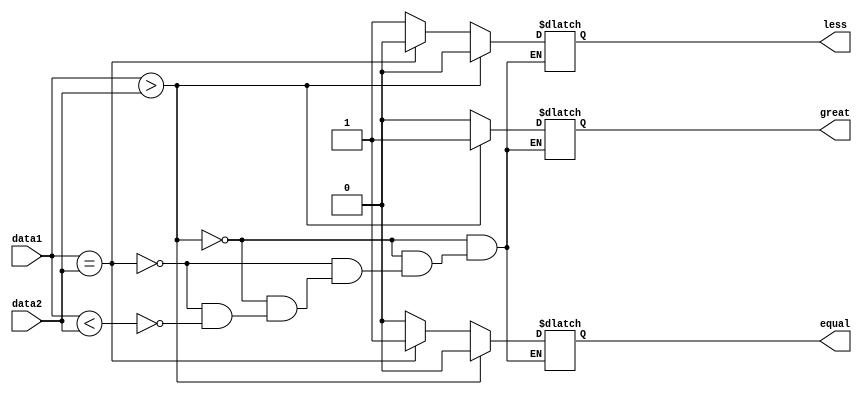
/*4bit comparator*/
/* example focuses on unsigned comparison*/
module comparator(data1, data2, great, equal,less);
  input [3:0] data1, data2;
  output reg great,equal,less;
  
  //wire signed [3:0] data1,data2; /*for signed comparison*/
  always@(data1,data2)begin
    if(data1 > data2) begin
      great = 1'b1;
      equal = 1'b0;
      less  = 1'b0;
    end
    else if(data1 == data2)begin
      great = 1'b0;
      equal = 1'b1;
      less  = 1'b0;      
    end
    else if(data1 < data2) begin
      great = 1'b0;
      equal = 1'b0;
      less  = 1'b1;      
    end
  end
endmodule

/*Testbench */
module comparator_tb;
  reg [3:0] data1, data2;
  wire great,equal,less;
  
  comparator COMP(data1,data2,great,equal,less);
  
  initial $monitor($time," data1 = %d, data2 = %d, great = %b, equal = %b, less = %b", data1,data2,great,equal,less);
  
  initial begin
    data1 = 10; data2 = 12;
    #10 data1 = 15;
    #10 data2 = 15;

    #10 $finish;
  end
  initial begin
    $dumpfile("dump.vcd");
    $dumpvars;
  end
  
endmodule